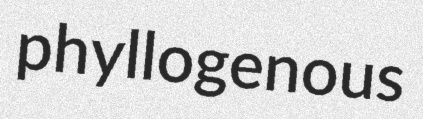
phyllogenous